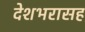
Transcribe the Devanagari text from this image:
देशभरासह